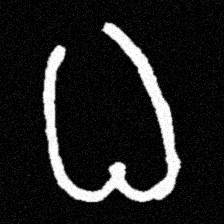
Pyu character \u2014 Myanmar letter: ဓ (romanized: dha)